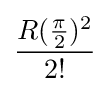
{\frac {R({\frac {\pi }{2}})^{2}}{2!}}